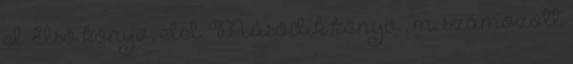
I. Első könyv, II. Második könyv , m. számozott